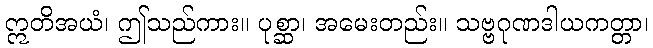
ဣတိအယံ၊ ဤသည်ကား။ ပုစ္ဆာ၊ အမေးတည်း။ သဗ္ဗဂုဏဒါယကတ္တာ၊